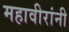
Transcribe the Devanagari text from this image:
महावीरांनी